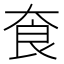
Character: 𡘳